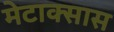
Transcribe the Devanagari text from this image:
मेटाक्सास